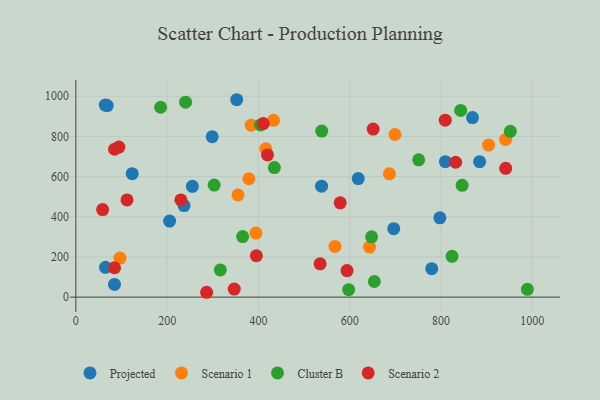
{"axis": {"x": "Study Hours", "y": "Fuel Efficiency"}, "legend": ["Cluster B", "Projected", "Scenario 1", "Scenario 2"], "data": [{"x": "65.0", "y": 148.4, "type": "Projected"}, {"x": "809.5", "y": 674.2, "type": "Projected"}, {"x": "123.5", "y": 614.7, "type": "Projected"}, {"x": "255.3", "y": 551.7, "type": "Projected"}, {"x": "352.4", "y": 982.8, "type": "Projected"}, {"x": "84.7", "y": 63.0, "type": "Projected"}, {"x": "64.4", "y": 956.2, "type": "Projected"}, {"x": "696.4", "y": 340.6, "type": "Projected"}, {"x": "618.6", "y": 590.3, "type": "Projected"}, {"x": "797.4", "y": 395.0, "type": "Projected"}, {"x": "538.3", "y": 552.3, "type": "Projected"}, {"x": "884.5", "y": 674.5, "type": "Projected"}, {"x": "68.8", "y": 953.5, "type": "Projected"}, {"x": "298.7", "y": 798.4, "type": "Projected"}, {"x": "779.6", "y": 141.4, "type": "Projected"}, {"x": "205.4", "y": 378.5, "type": "Projected"}, {"x": "868.9", "y": 893.9, "type": "Projected"}, {"x": "237.1", "y": 456.0, "type": "Projected"}, {"x": "384.2", "y": 856.2, "type": "Scenario 1"}, {"x": "379.0", "y": 589.4, "type": "Scenario 1"}, {"x": "699.1", "y": 809.6, "type": "Scenario 1"}, {"x": "433.0", "y": 880.1, "type": "Scenario 1"}, {"x": "567.6", "y": 252.3, "type": "Scenario 1"}, {"x": "96.8", "y": 194.2, "type": "Scenario 1"}, {"x": "394.5", "y": 318.9, "type": "Scenario 1"}, {"x": "355.2", "y": 508.9, "type": "Scenario 1"}, {"x": "643.4", "y": 249.3, "type": "Scenario 1"}, {"x": "686.8", "y": 614.1, "type": "Scenario 1"}, {"x": "904.2", "y": 757.1, "type": "Scenario 1"}, {"x": "941.3", "y": 785.0, "type": "Scenario 1"}, {"x": "416.1", "y": 738.6, "type": "Scenario 1"}, {"x": "365.4", "y": 301.3, "type": "Cluster B"}, {"x": "824.1", "y": 203.1, "type": "Cluster B"}, {"x": "843.0", "y": 929.3, "type": "Cluster B"}, {"x": "404.4", "y": 857.3, "type": "Cluster B"}, {"x": "951.7", "y": 825.7, "type": "Cluster B"}, {"x": "316.5", "y": 135.4, "type": "Cluster B"}, {"x": "185.7", "y": 945.3, "type": "Cluster B"}, {"x": "989.1", "y": 38.8, "type": "Cluster B"}, {"x": "846.2", "y": 556.8, "type": "Cluster B"}, {"x": "538.7", "y": 826.5, "type": "Cluster B"}, {"x": "653.9", "y": 77.8, "type": "Cluster B"}, {"x": "647.9", "y": 300.0, "type": "Cluster B"}, {"x": "597.6", "y": 37.2, "type": "Cluster B"}, {"x": "751.0", "y": 683.6, "type": "Cluster B"}, {"x": "240.4", "y": 970.4, "type": "Cluster B"}, {"x": "303.0", "y": 557.8, "type": "Cluster B"}, {"x": "434.9", "y": 645.0, "type": "Cluster B"}, {"x": "112.1", "y": 483.9, "type": "Scenario 2"}, {"x": "395.5", "y": 205.9, "type": "Scenario 2"}, {"x": "410.5", "y": 863.9, "type": "Scenario 2"}, {"x": "419.9", "y": 708.1, "type": "Scenario 2"}, {"x": "230.1", "y": 483.8, "type": "Scenario 2"}, {"x": "809.2", "y": 881.0, "type": "Scenario 2"}, {"x": "58.7", "y": 435.8, "type": "Scenario 2"}, {"x": "535.1", "y": 165.7, "type": "Scenario 2"}, {"x": "94.3", "y": 746.9, "type": "Scenario 2"}, {"x": "594.1", "y": 132.1, "type": "Scenario 2"}, {"x": "941.6", "y": 641.1, "type": "Scenario 2"}, {"x": "84.8", "y": 736.1, "type": "Scenario 2"}, {"x": "347.0", "y": 39.9, "type": "Scenario 2"}, {"x": "286.5", "y": 24.1, "type": "Scenario 2"}, {"x": "651.3", "y": 836.8, "type": "Scenario 2"}, {"x": "832.0", "y": 671.4, "type": "Scenario 2"}, {"x": "84.8", "y": 146.3, "type": "Scenario 2"}, {"x": "579.1", "y": 469.6, "type": "Scenario 2"}]}